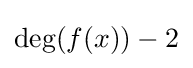
\deg(f(x))-2